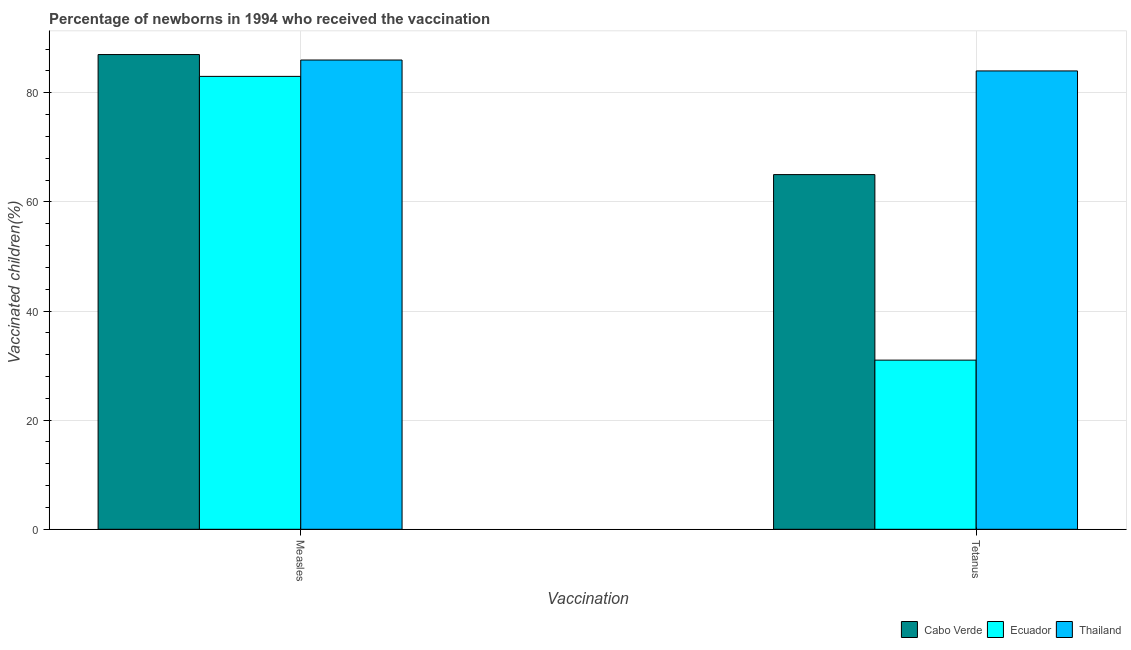
| Vaccination | Cabo Verde | Ecuador | Thailand |
 | --- | --- | --- | --- |
 | Measles | 87 | 83 | 86 |
 | Tetanus | 65 | 31 | 84 |